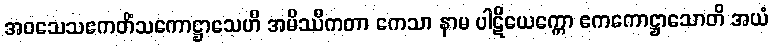
အဝသေသဧကတိံသကောဋ္ဌာသေဟိ အမိဿီကတာ ကေသာ နာမ ပါဋိယေက္ကော ဧကကောဋ္ဌာသောတိ အယံ